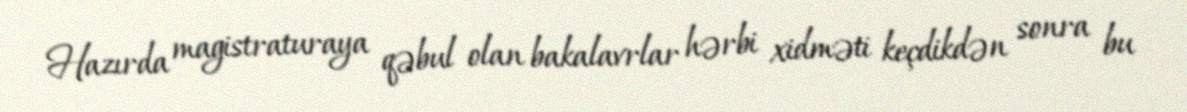
Hazırda magistraturaya qəbul olan bakalavrlar hərbi xidməti keçdikdən sonra bu